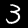
Label: 3